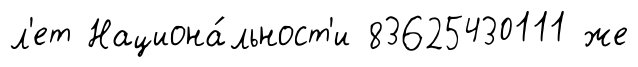
л'ет Национа́льност'и 83625430111 же